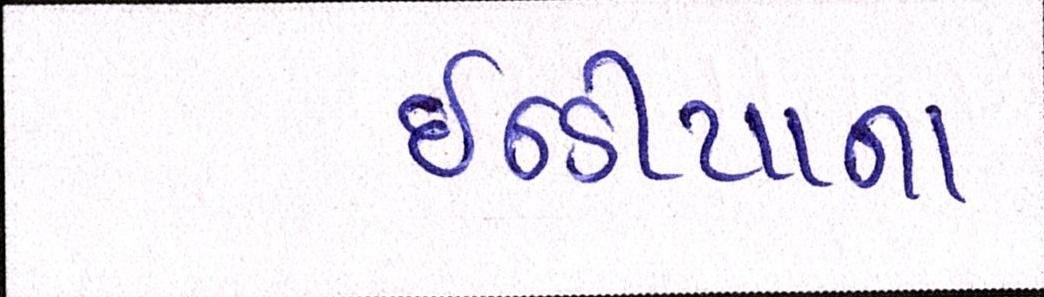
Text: ઇન્ડીયાના